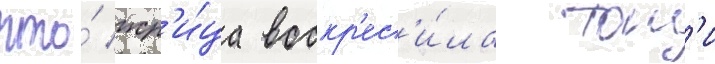
что́ жр'и́ца воскр'ес'и́ла тон'и